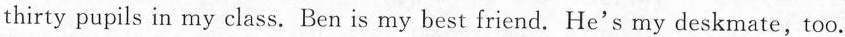
thirty pupils in my class. Ben is my best friend. He's my deskmate,too.